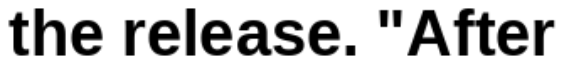
the release. "After